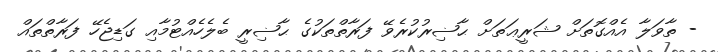
- ތާވަލާ އެއްގޮތަށް ޝަރީޢަތަށް ޙާޟިރުކުރެވޭ ފަރާތްތަކުގެ ޙާޟިރީ ބެލެހެއްޓުމާއި ގަޑިޖެހޭ ފަރާތްތައް